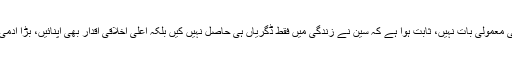
ایک بھارتی اسکالر کا کشمیر کے بارے میں ایسے خیالات کا اظہار کوئی معمولی بات نہیں، ثابت ہوا ہے کہ سین نے زندگی میں فقط ڈگریاں ہی حاصل نہیں کیں بلکہ اعلیٰ اخلاقی اقدار بھی اپنائیں، بڑا آدمی اپنی ڈگریوں سے نہیں بلکہ اپنے نظریات اور کردارسے پہچانا جاتا ہے۔